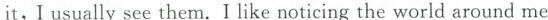
it,I usually see them. I like noticing the world around me